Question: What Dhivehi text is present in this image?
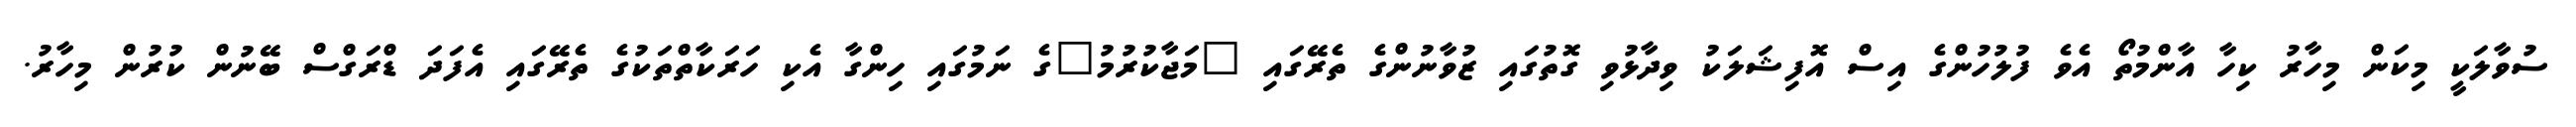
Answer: ސުވާލަކީ މިކަން މިހާރު ކިހާ އާންމުތޯ އެވެ ފުލުހުންގެ އިސް އޮފިޝަލަކު ވިދާޅުވި ގޮތުގައި ޒުވާނުންގެ ތެރޭގައި "މަޖާކުރުމު"ގެ ނަމުގައި ހިންގާ އެކި ހަރަކާތްތަކުގެ ތެރޭގައި އެފަދަ ޑްރަގްސް ބޭނުން ކުރުން މިހާރު.